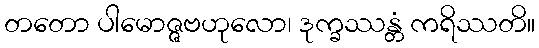
တတော ပါမောဇ္ဇဗဟုလော၊ ဒုက္ခဿန္တံ ကရိဿတိ။